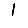
Digit: 1